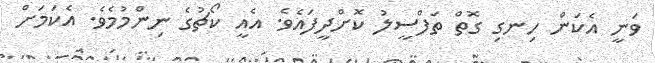
ވަނީ އެކަން ހިނގި ގޮތް ތަފްސީލު ކޮށްދީފައެވެ. އެއީ ކޯޗުގެ ނިންމުމެވެ. އެކަމަށް